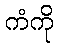
ကံကို